Leaving Certificate Examination, 1921
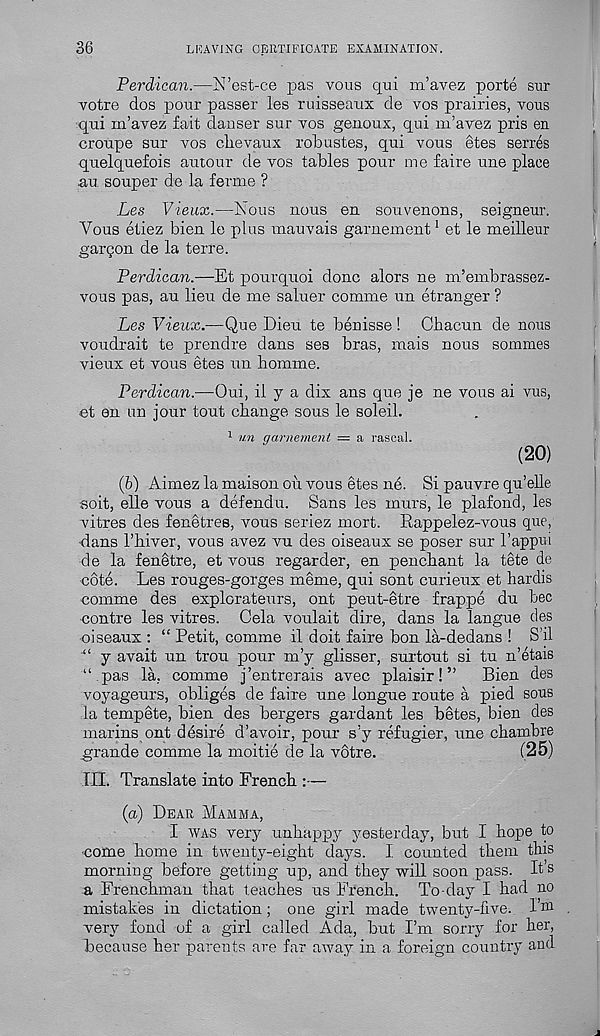
36
LHAVING CERTIFICATE EXAMINATION.
Perdican.—N’est-ce pas vous qui m’avez porte sur
votre dos pour passer les ruisseaux cle vos prairies, vous
qui m’avez fait danser sur vos genoux, qui m’avez pris en
croupe sur vos clievaux robustes, qui vous etes serres
quelquefois amour de vos tables pour me faire une place
au souper de la ferme ?
Les Vieux.—Nous nous en souvenons, seigneur.
Yous etiez bien le plus mauvais garnement 1 et le meilleur
gargon de la terre.
Perdican.—Et pourquoi done alors ne m’embrassez-
vous pas, au lieu de me saluer comme un etranger ?
Les Vieux.—Que Dieu te beuisse ! Chacun de nous
voudrait te prendre dans ses bras, mais nous sommes
vieux et vous etes un homme.
Perdican.—Oui, il y a dix ans que je ne vous ai vus,
et en un jour tout change sous le soleil.
1 un qarnement = a rascal.
(20)
(6) Aimez la maison oil vous etes ne. Si pauvre qu’elle
soit, elle vous a defendu. Sans les murs, le plafond, les
vitres des fenetres, vous seriez mort. Rappelez-vous que,
•dans 1’Mver, vous avez vu des oiseaux se poser sur I’appui
de la fenetre, et vous regarder, en penchant la tete de
cote. Les rouges-gorges meme, qui sont curieux et hardis
comme des explorateurs, out peut-etre frappe du bee
contre les vitres. Cela voulait dire, dans la langue des
oiseaux : “ Petit, comme il doit faire bon la-dedans ! S’il
“ y avait un trou pour m’y glisser, surtout si tu n’etais
“ pas la, comme j’entrerais avec plaisir!”
Bien des
voyageurs, obliges de faire une longue route a pied sous
la tempete, bien des bergers gardant les betes, bien des
marins out desire d’avoir, pour s’y refugier, une chambre
^grande comme la moitie de la votre.
(25)
III. Translate into French :—
(a) Dear Mamma,
I was very unhappy yesterday, but I hope to
come home in twenty-eight days. I counted them this
morning before getting up, and they will soon pass. It s
a Frenchman that teaches us French. To-day I had no
mistakes in dictation; one girl made twenty-five. 1 m
very fond of a girl called Ada, but I’m sorry for her,
because her parents are far away in a foreign country and